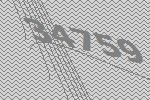
34759